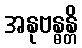
အနုဗန္ဓန္တိ